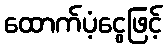
ထောက်ပံ့ငွေဖြင့်